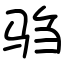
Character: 驺